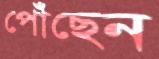
পোঁছেন